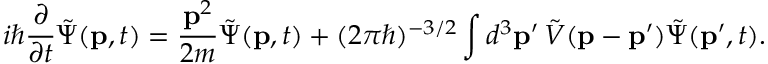
i \hbar { \frac { \partial } { \partial t } } { \tilde { \Psi } } ( \mathbf { p } , t ) = { \frac { \mathbf { p } ^ { 2 } } { 2 m } } { \tilde { \Psi } } ( \mathbf { p } , t ) + ( 2 \pi \hbar ) ^ { - 3 / 2 } \int d ^ { 3 } \mathbf { p } ^ { \prime } \, { \tilde { V } } ( \mathbf { p } - \mathbf { p } ^ { \prime } ) { \tilde { \Psi } } ( \mathbf { p } ^ { \prime } , t ) .